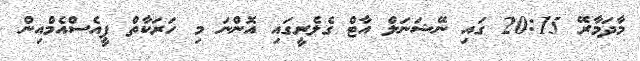
މާދަމާރޭ 20:15 ގައި ނޭޝަނަލް އާޓް ގެލެރީގައި އޮންނަ މި ހަރަކާތް ޕީއެސްއެމްއިން